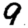
Digit: 9